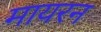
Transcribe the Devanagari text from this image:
मायरन